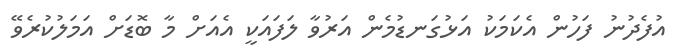
އުފެދުނު ފަހުން އެކަމަކު އަޅުގަނޑުމެން އަރުވާ ލަފައަކީ އެއަށް މާ ބޮޑަށް އަމަލުކުރެވޭ